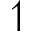
\upharpoonleft